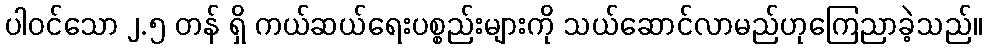
ပါဝင်သော ၂.၅ တန် ရှိ ကယ်ဆယ်ရေးပစ္စည်းများကို သယ်ဆောင်လာမည်ဟုကြေညာခဲ့သည်။